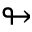
\looparrowright